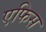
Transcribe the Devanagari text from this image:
एफिस